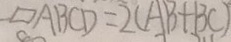
/ / o g r a m A B C D = 2 ( A B + B C )